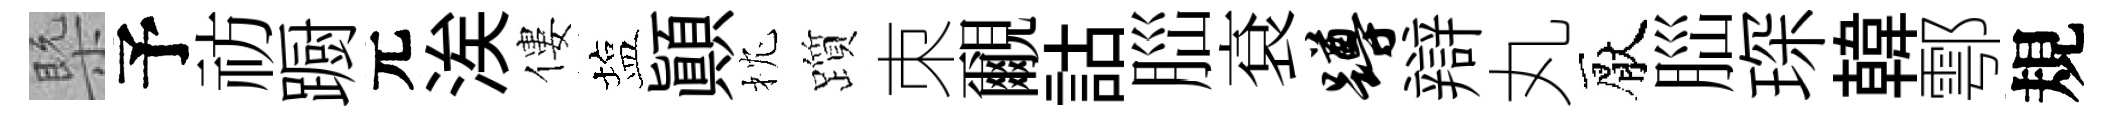
槩予祊蹰元涘僂塩顚枕躓朿覼詁𦛁袞蹲辯丸厭𦛁琛韓鄠規